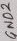
Text: GND2